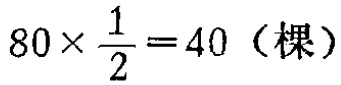
\(80\times \frac{1}{2}=40 \text{（棵）}\)